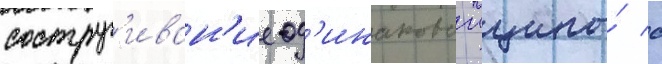
соструг'иван'ие од'инаковои толщины́ с